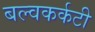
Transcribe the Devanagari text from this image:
बल्वकर्कटी